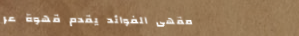
مقهى الفوائد يقدم قهوة عر